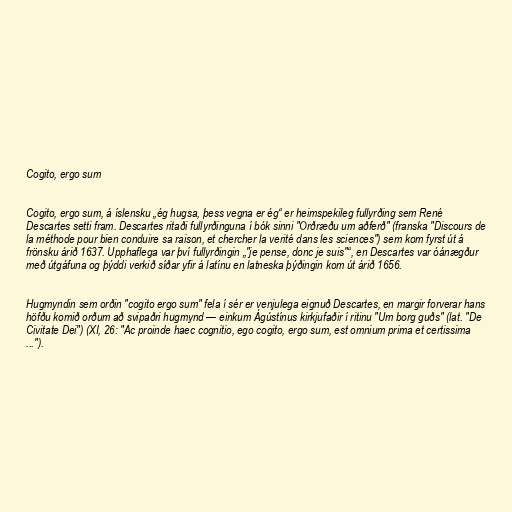
Cogito, ergo sum

Cogito, ergo sum, á íslensku „ég hugsa, þess vegna er ég“ er heimspekileg fullyrðing sem René
Descartes setti fram. Descartes ritaði fullyrðinguna í bók sinni "Orðræðu um aðferð" (franska "Discours de
la méthode pour bien conduire sa raison, et chercher la verité dans les sciences") sem kom fyrst út á
frönsku árið 1637. Upphaflega var því fullyrðingin „"je pense, donc je suis"“, en Descartes var óánægður
með útgáfuna og þýddi verkið síðar yfir á latínu en latneska þýðingin kom út árið 1656.

Hugmyndin sem orðin "cogito ergo sum" fela í sér er venjulega eignuð Descartes, en margir forverar hans
höfðu komið orðum að svipaðri hugmynd — einkum Ágústínus kirkjufaðir í ritinu "Um borg guðs" (lat. "De
Civitate Dei") (XI, 26: "Ac proinde haec cognitio, ego cogito, ergo sum, est omnium prima et certissima
...").